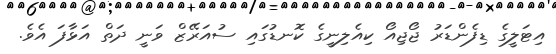
އިޓަލީގެ ޑިފެންޑަރު ޖޯޖިއޯ ކިއެލިނީގެ ކޮނޑުގައި ސުއަރޭޒް ވަނީ ދަތް އަޅާފަ އެވެ.